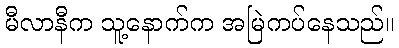
မီလာနီက သူ့နောက်က အမြဲကပ်နေသည်။